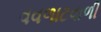
વવળાટવાળી